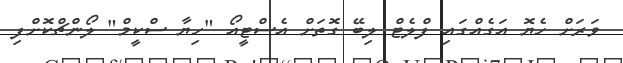
ވަރަށް ހެޔޮ އަގެއްގައި ފްލެޓް ލިބޭ ގޮތަށް އެސްޓީއޯ "ހިޔާ ސްކީމް" ލޯންޗްކޮށްފި